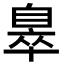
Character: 𦤖